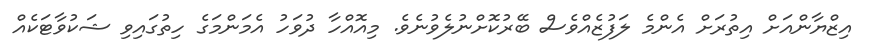
އިޒްޔާންއަށް އިތުރަށް އެންމެ ލަފުޒެއްވެސް ބޭރުކޮށްނުލެވުނެވެ. މިއޮއްހާ ދުވަހު އެމަންމަގެ ހިތުގައިވި ޝަކުވާޓަކެއް